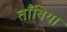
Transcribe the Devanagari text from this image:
ताँबिया